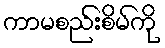
ကာမစည်းစိမ်ကို